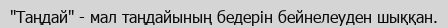
"Таңдай" - мал таңдайының бедерін бейнелеуден шыққан.